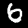
Digit: 6